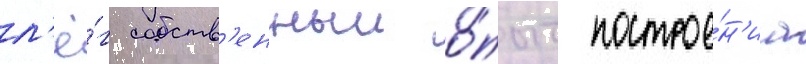
л'ё́г собств'енныи о́пыт построе́н'иа